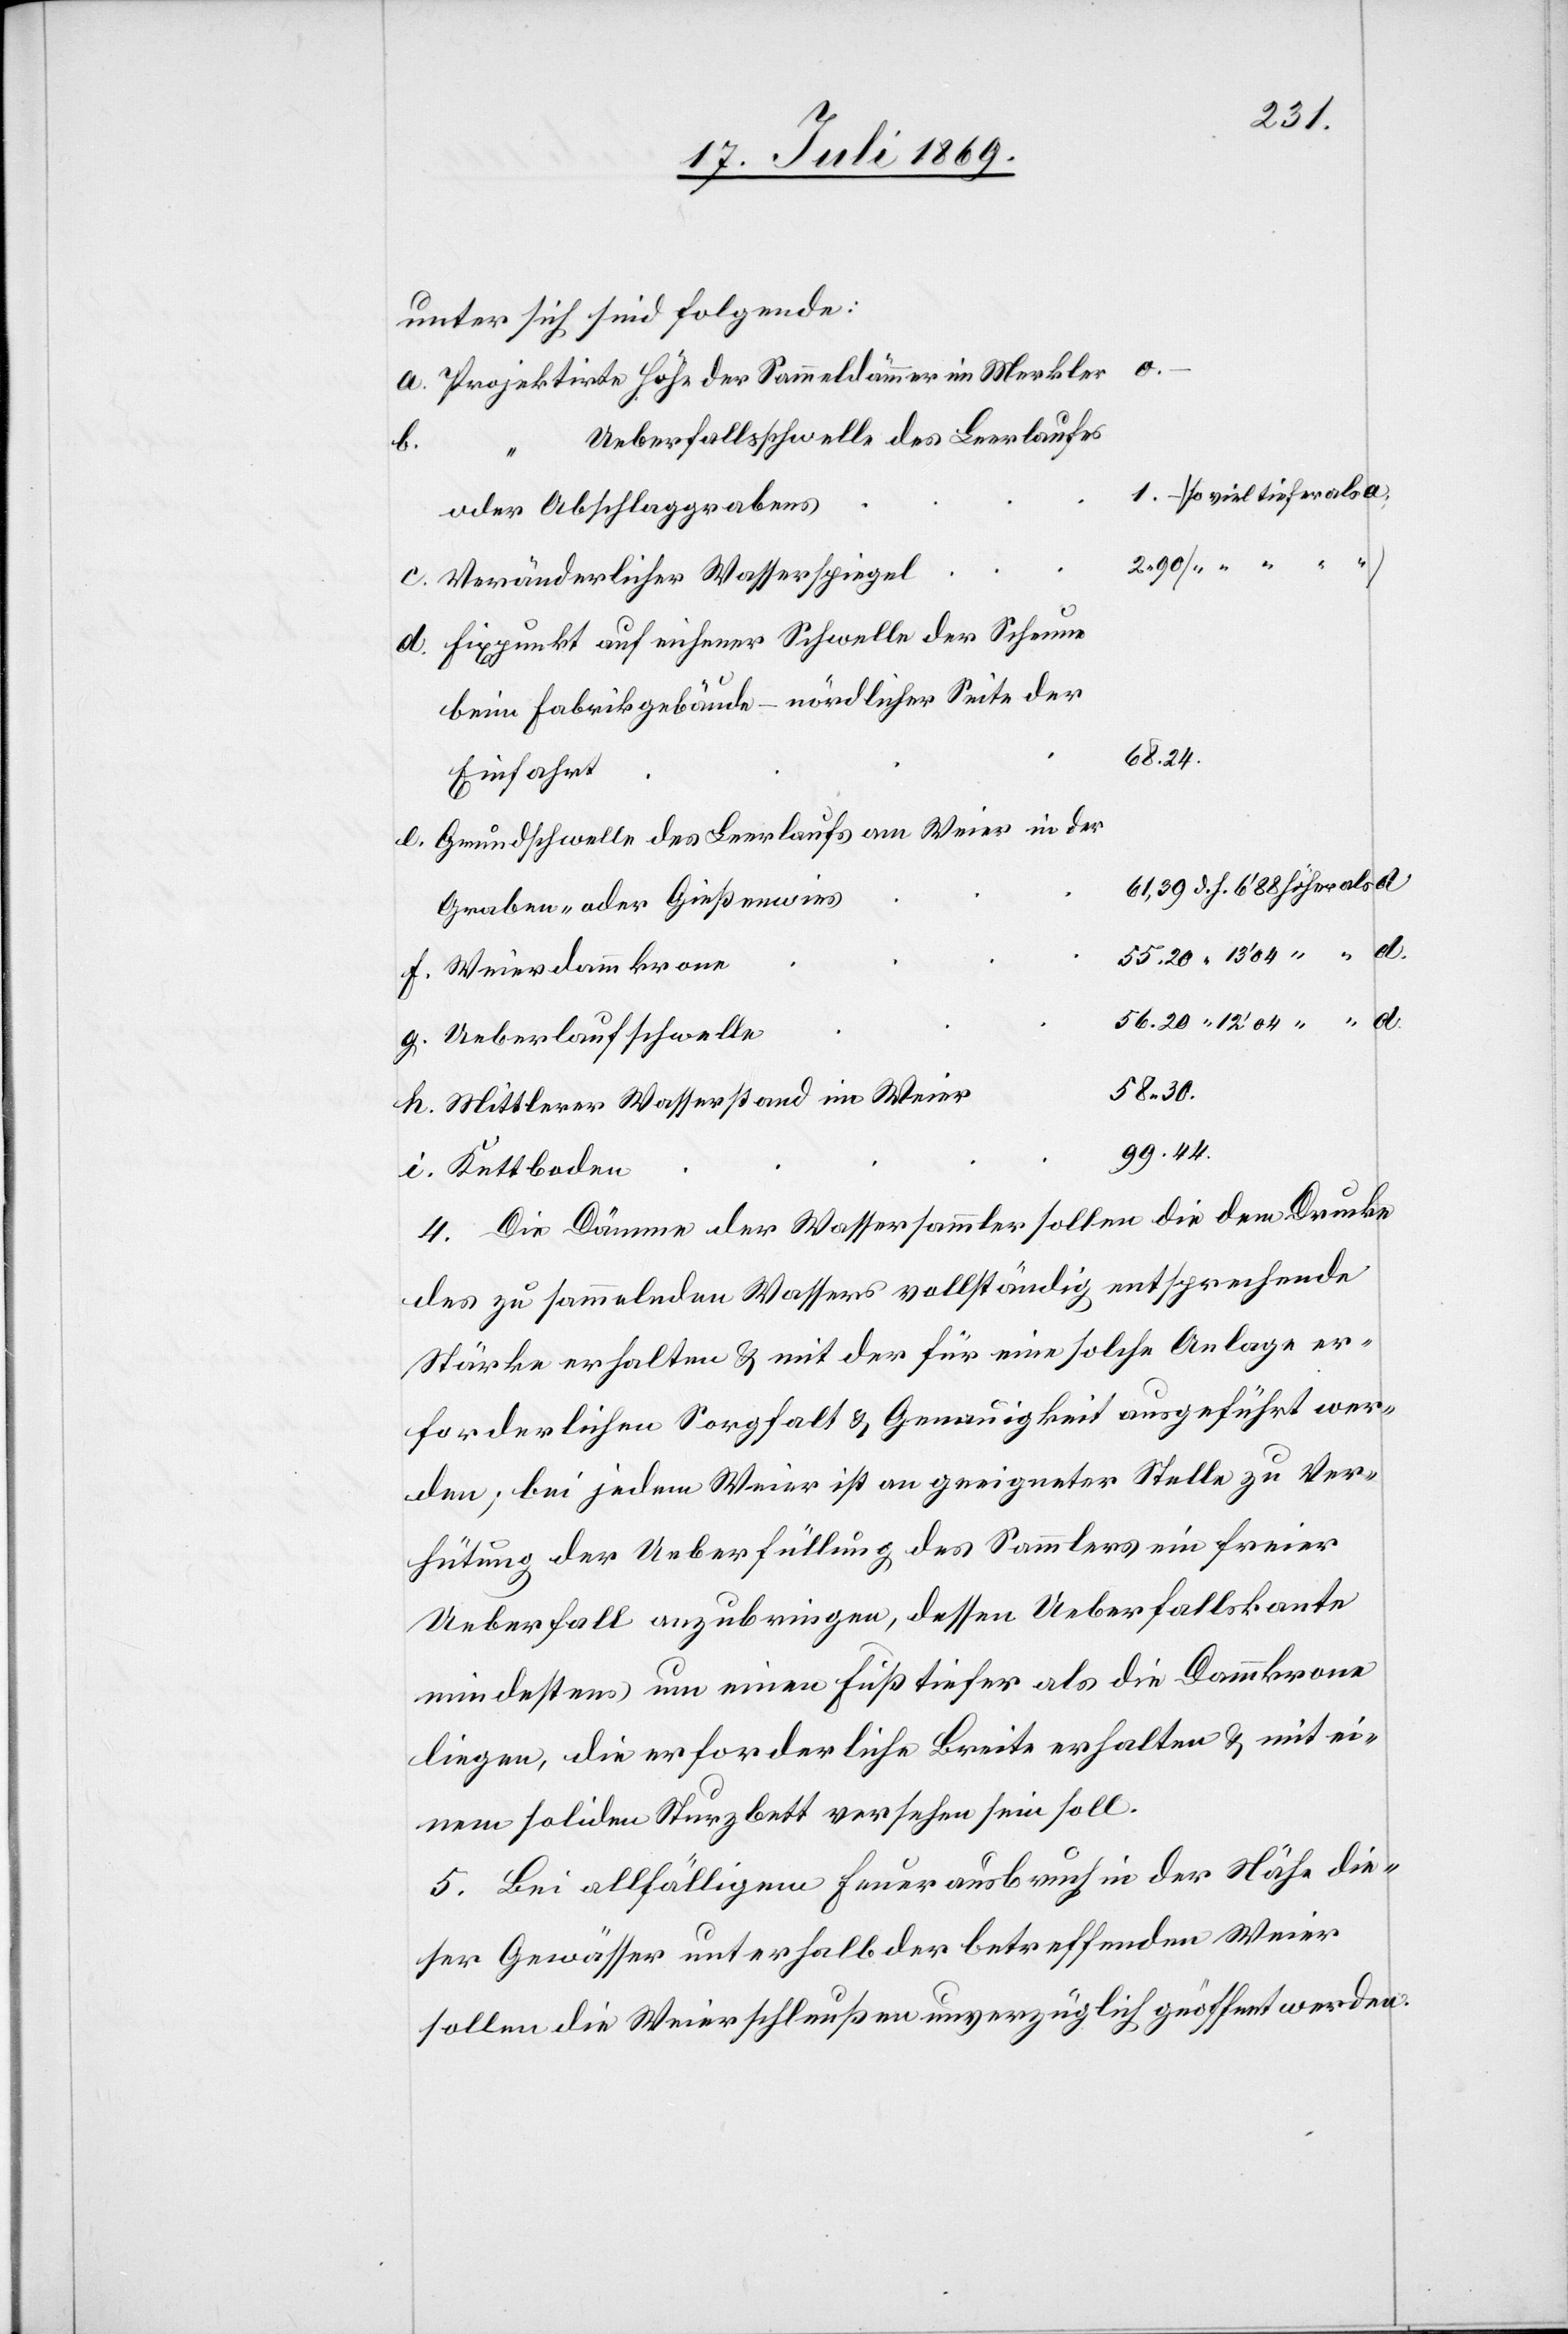
unter sich sind folgende:
g.
Projektirte Höhe der Sammeldämmer im Merkler
Ueberfallsschwelle des Leerlaufes
f.
i.
(so viel tiefer als a.)
oder Abschlaggrabens
Veränderlicher Wasserspiegel
Fixpunkt auf eichener Schwelle der Scheune
beim Fabrikgebäude – nördlicher Seite der
68.24.
Einfahrt
Grundschwelle des Leerlaufs am Weier in der
Graben- oder Gießenwies
Weierdammkrone
Ueberlaufschwelle
58 30.
Mittlerer Wasserstand im Weier
99.44.
4. Die Dämme der Wassersammler sollen die dem Drucke
des zu sammelnden Wassers vollständig entsprechende
Stärke erhalten u. mit der für eine solche Anlage er¬
forderlichen Sorgfalt u. Genauigkeit ausgeführt wer¬
den; bei jedem Weier ist an geeigneter Stelle zu Ver¬
hütung der Ueberfüllung des Sammlers ein freier
Ueberfall anzubringen, dessen Ueberfallskante
mindestens um einen Fuß tiefer als die Dammkrone
liegen, die erforderliche Breite erhalten u. mit ei¬
nem soliden Sturzbett versehen sein soll.
5. Bei allfälligem Feuerausbruch in der Nähe die¬
ser Gewässer unterhalb der betreffenden Weier
sollen die Weierschleußen unverzüglich geöffnet werden.